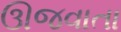
ઊજવાતા